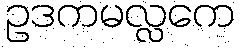
ဥဒကမလ္လကေ